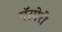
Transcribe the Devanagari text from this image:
गॅस्पेरी